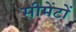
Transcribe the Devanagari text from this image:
सीमेंटों